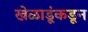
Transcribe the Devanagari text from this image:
खेळाडूंकडून